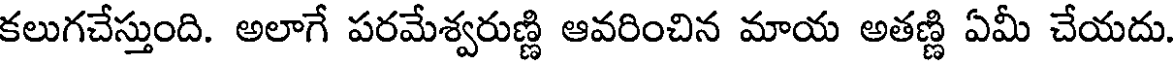
కలుగచేస్తుంది. అలాగే పరమేశ్వరుణ్ణి ఆవరించిన మాయ అతణ్ణి ఏమీ చేయదు.